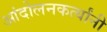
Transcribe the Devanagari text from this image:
आंदोलनकर्त्यांनी